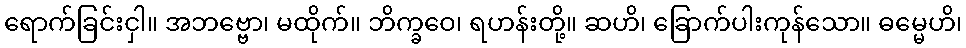
ရောက်ခြင်းငှါ။ အဘဗ္ဗော၊ မထိုက်။ ဘိက္ခဝေ၊ ရဟန်းတို့။ ဆဟိ၊ ခြောက်ပါးကုန်သော။ ဓမ္မေဟိ၊